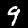
Label: 9